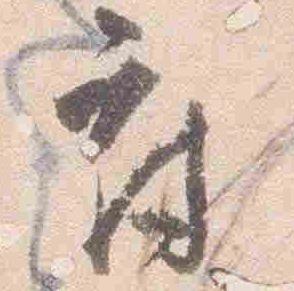
府